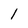
Character: 1